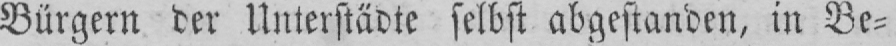
Bürgern der Unterstädte selbst abgestanden, in Be⸗